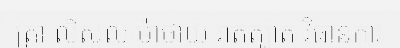
ត្រា លីសូល ម៉ាថាយ រាតត្បាត វិធានការ